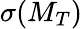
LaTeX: \sigma(M_{T})